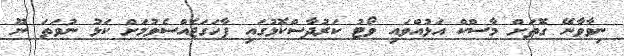
ނިވާވާނޭ ގޮތަށް މާސްކް އަޅުއްވައި ވޯޓު ކަރުދާސްކޮޅުގައި ފާހަގަޖެއްސެވުމަށް ކަޅު ނުވަތަ ނޫ